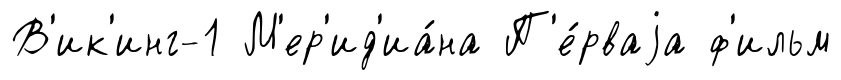
В'ик'инг-1 М'ер'ид'иа́на П'е́рваjа ф'ильм